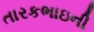
તારકભાઇની